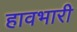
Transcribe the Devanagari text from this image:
हावभारी